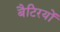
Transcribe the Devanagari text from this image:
बैटिरयों